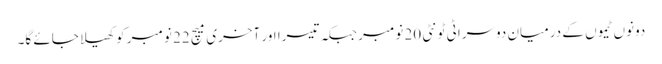
دونوں ٹیموں کے درمیان دوسرا ٹی ٹونٹی 20 نومبر جبکہ تیسرا اور آخری میچ 22 نومبر کو کھیلا جائے گا۔